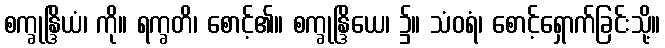
စက္ခုန္ဒြိယံ၊ ကို။ ရက္ခတိ၊ စောင့်၏။ စက္ခုန္ဒြိယေ၊ ၌။ သံဝရံ၊ စောင့်ရှောက်ခြင်းသို့။